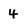
Character: 4